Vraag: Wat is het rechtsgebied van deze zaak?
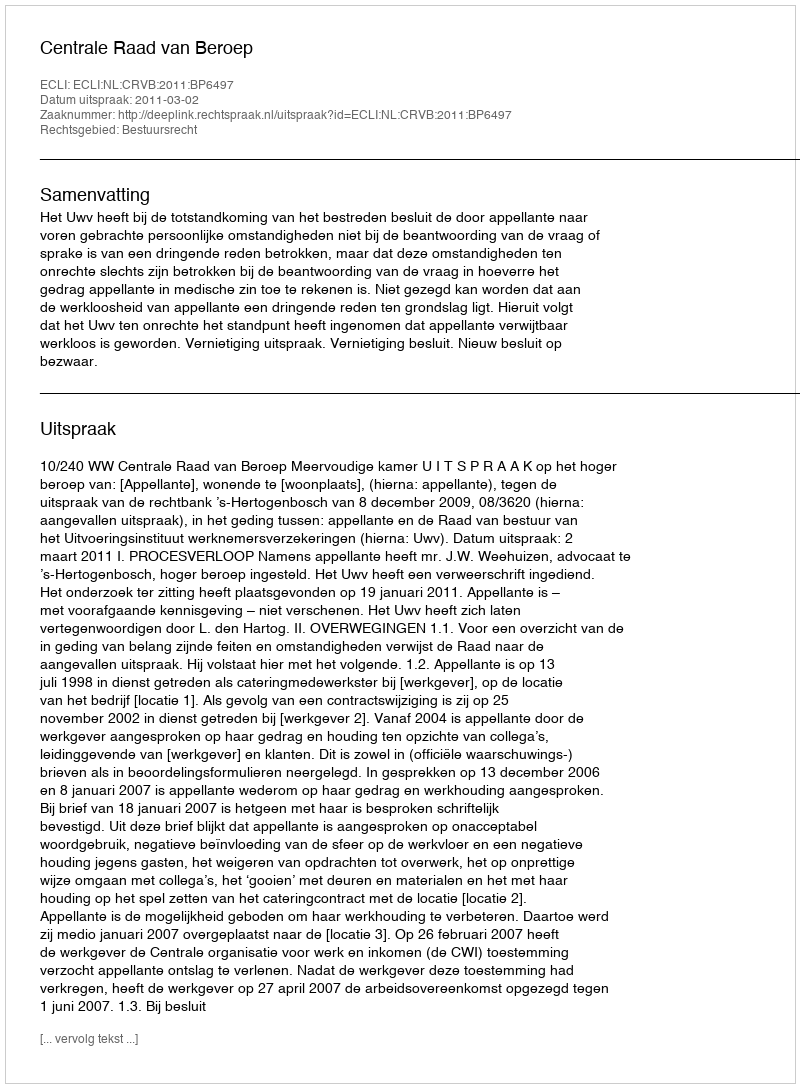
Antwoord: Bestuursrecht